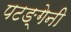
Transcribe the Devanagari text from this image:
पटङ्गेनी